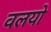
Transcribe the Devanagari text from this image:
वलयो